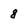
Character: g